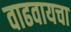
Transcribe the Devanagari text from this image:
वाढवायचा